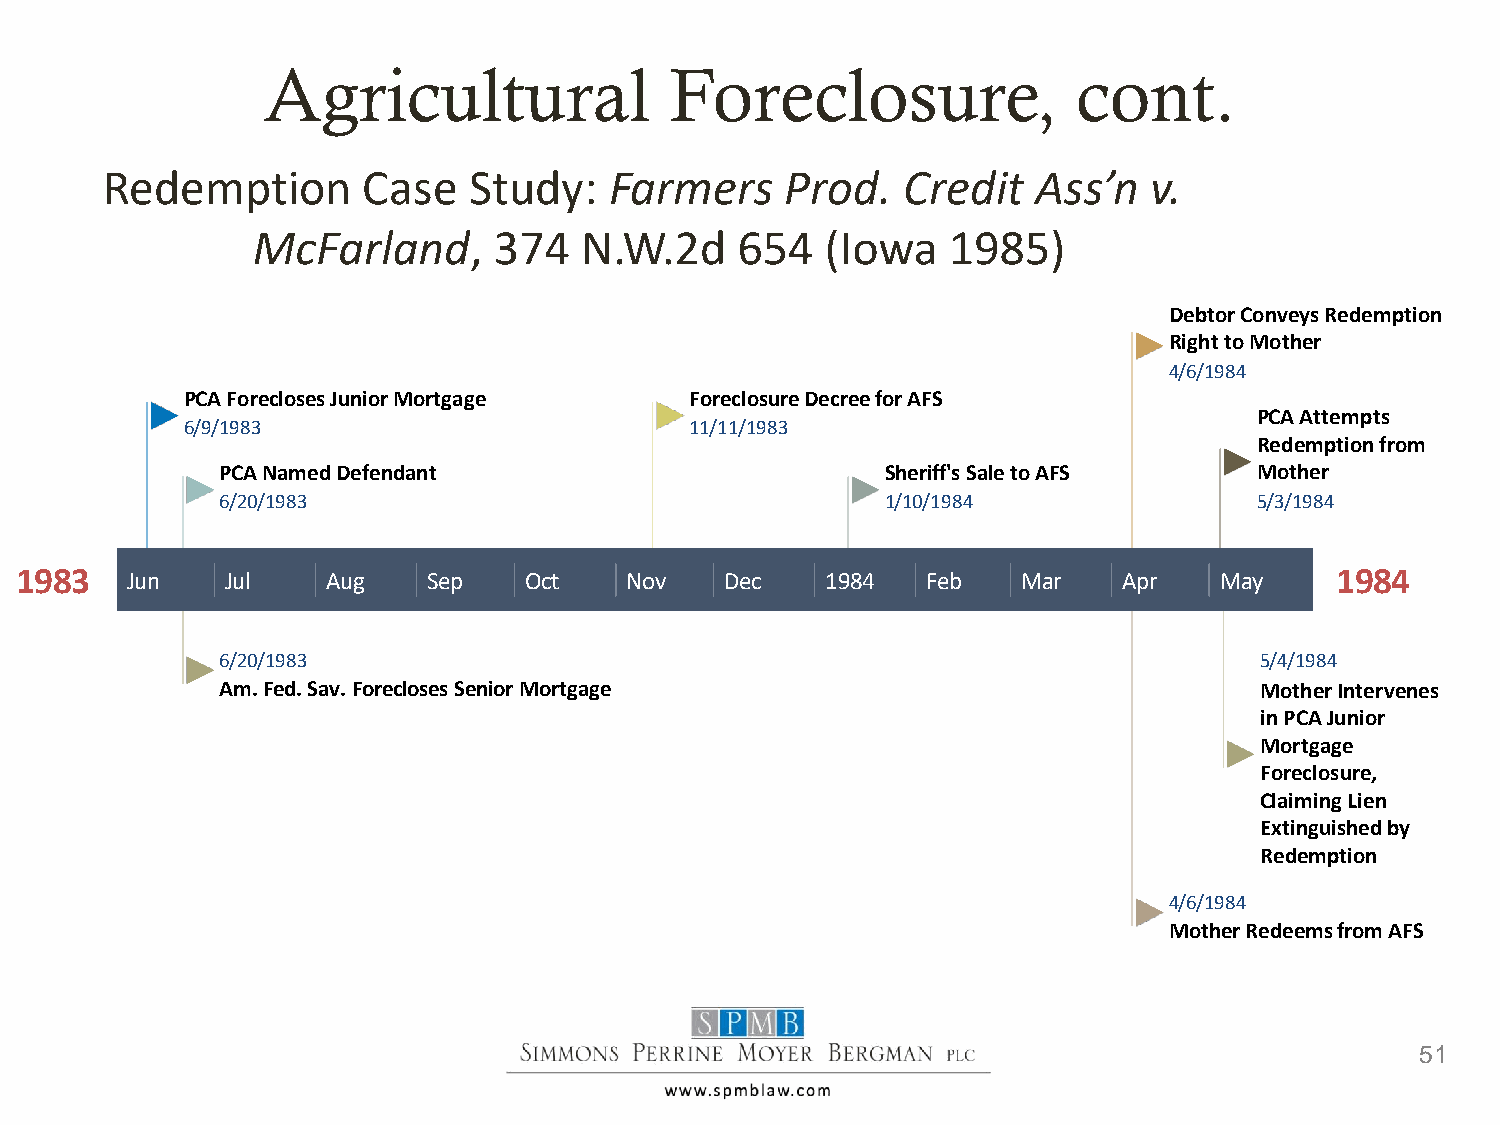
Agricultural               Foreclosure,               cont.
 Redemption       Case   Study:   Farmers     Prod.   Credit   Ass’n  v.
 McFarland,      374  N.W.2d     654   (Iowa   1985)
 Debtor Conveys Redemption
 Right to Mother
 4/6/1984
 PCA Forecloses Junior Mortgage    Foreclosure Decree for AFS
 PCA Attempts
 6/9/1983                          11/11/1983
 Redemption from
 PCA Named Defendant                         Sheriff's Sale to AFS   Mother
 6/20/1983                                   1/10/1984               5/3/1984
 1983   Jun    Jul    Aug   Sep    Oct   Nov    Dec    1984  Feb    Mar   Apr    May    1984
 6/20/1983                                                           5/4/1984
 Am. Fed. Sav. Forecloses Senior Mortgage                            Mother Intervenes
 in PCA Junior
 Mortgage
 Foreclosure,
 Claiming Lien
 Extinguished by
 Redemption
 4/6/1984
 Mother Redeems from AFS
 51